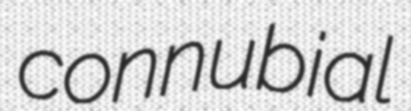
connubial